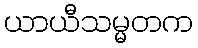
ယာယီသမ္မတက